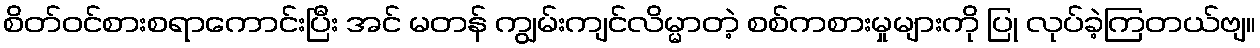
စိတ်ဝင်စားစရာကောင်းပြီး အင် မတန် ကျွမ်းကျင်လိမ္မာတဲ့ စစ်ကစားမှုများကို ပြု လုပ်ခဲ့ကြတယ်ဗျ။